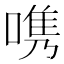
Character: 𭉨